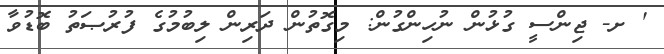
' ށ- ޖިންސީ ގުޅުން ނުހިންގުން: މިގޮތުން ދަރިން ލިބުމުގެ ފުރުޞަތު ބޮޑުވާ